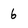
Character: 6